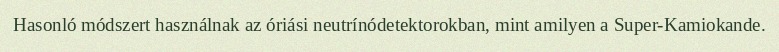
Hasonló módszert használnak az óriási neutrínódetektorokban, mint amilyen a Super-Kamiokande.